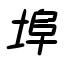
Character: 埠